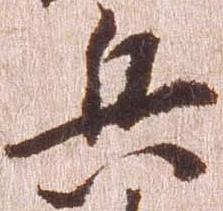
兵